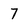
Character: 7